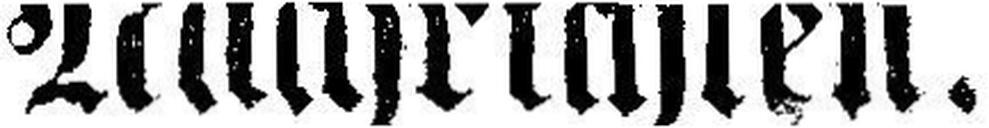
Nachrichten.